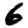
Digit: 6